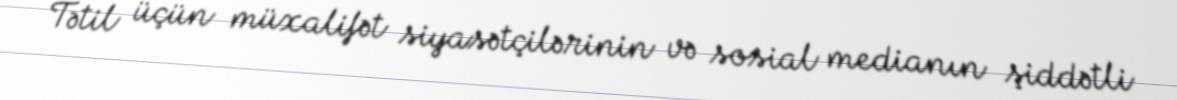
Tətil üçün müxalifət siyasətçilərinin və sosial medianın şiddətli